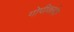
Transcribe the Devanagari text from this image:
गोपीकांदेर